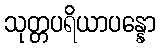
သုတ္တပရိယာပန္နော